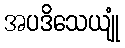
အပဒိသေယျုံ